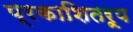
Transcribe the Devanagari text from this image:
प्रकाशितरूप